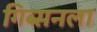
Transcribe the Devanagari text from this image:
गिब्सनला